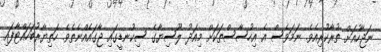
ނަޖާހުއަށް ތުރާކުރިއެވެ. ނަމަވެސް އެ އިހުސާސްތަކަށް މިއަދު ލޫސިޔާގެ ސިކުނޑީގައި ޖާގައެއްނެތެވެ. ހަތިޔާރުބަހައްޓާފައި